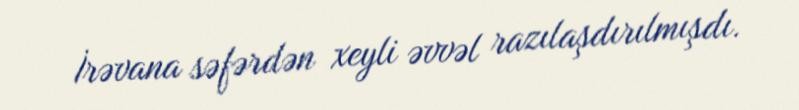
İrəvana səfərdən xeyli əvvəl razılaşdırılmışdı.